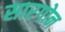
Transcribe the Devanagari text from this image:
सारगोन